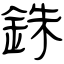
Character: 銖